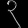
Digit: ၃